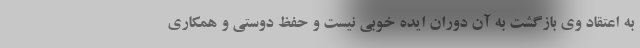
به اعتقاد وی بازگشت به آن دوران ایده خوبی نیست و حفظ دوستی و همکاری